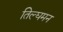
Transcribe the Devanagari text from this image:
तिल्घमन